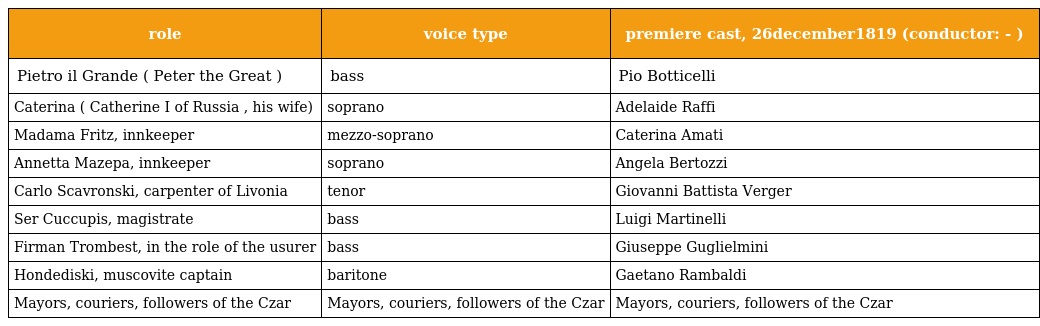
| role | voice type | premiere cast, 26december1819 (conductor: - ) |
 | --- | --- | --- |
 | Pietro il Grande ( Peter the Great ) | bass | Pio Botticelli |
 | Caterina ( Catherine I of Russia , his wife) | soprano | Adelaide Raffi |
 | Madama Fritz, innkeeper | mezzo-soprano | Caterina Amati |
 | Annetta Mazepa, innkeeper | soprano | Angela Bertozzi |
 | Carlo Scavronski, carpenter of Livonia | tenor | Giovanni Battista Verger |
 | Ser Cuccupis, magistrate | bass | Luigi Martinelli |
 | Firman Trombest, in the role of the usurer | bass | Giuseppe Guglielmini |
 | Hondediski, muscovite captain | baritone | Gaetano Rambaldi |
 | Mayors, couriers, followers of the Czar | Mayors, couriers, followers of the Czar | Mayors, couriers, followers of the Czar |